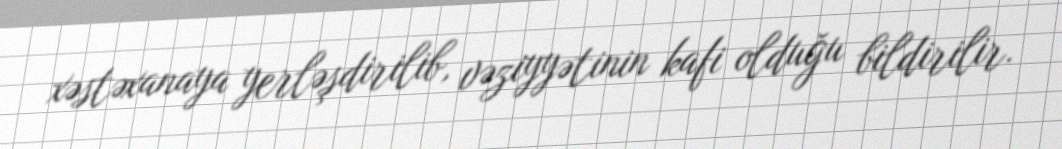
xəstəxanaya yerləşdirilib, vəziyyətinin kafi olduğu bildirilir.